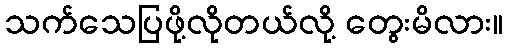
သက်သေပြဖို့လိုတယ်လို့ တွေးမိလား။